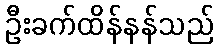
ဦးခက်ထိန်နန်သည်